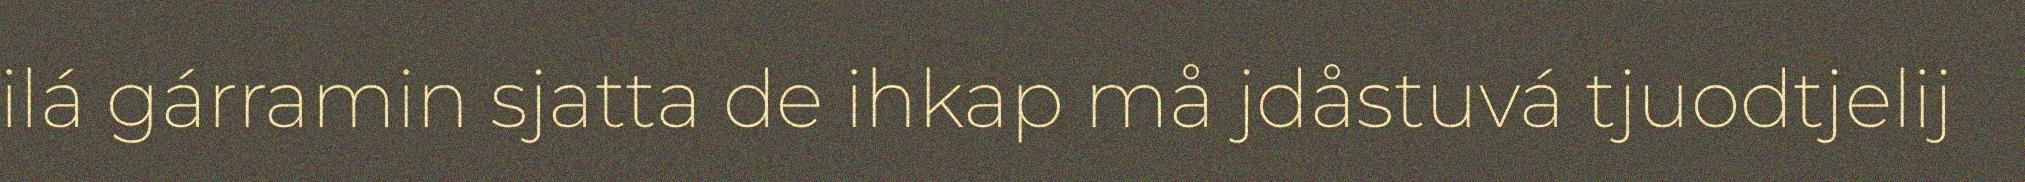
ilá gárramin sjatta de ihkap må jdåstuvá tjuodtjelij